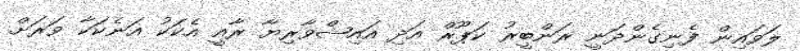
ލަވައިން ފެނިގެންދަނީ ރަންބީރު ކަޕޫރް އަދި އައިޝްވާރިޔާ ރާއީ އެކަކު އަނެކަކާ ވަރަށް